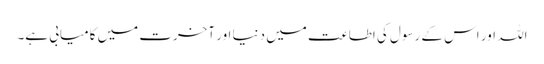
اللہ اور اس کے رسول کی اطاعت میں دنیا اور آخرت میں کامیابی ہے۔